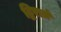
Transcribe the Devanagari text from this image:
द्विरात्रं